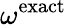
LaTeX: \omega^{\mathrm{exact}}